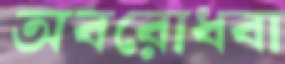
অবরোধবা